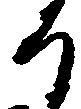
日